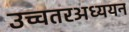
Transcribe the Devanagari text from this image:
उच्चतरअध्ययन